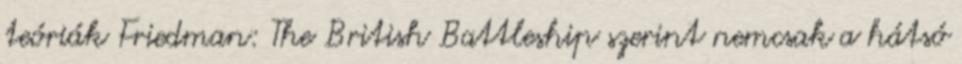
teóriák Friedman: The British Battleship szerint nemcsak a hátsó